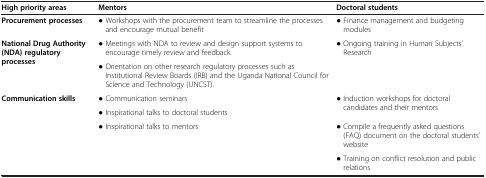
| High priority areas | Mentors | Doctoral students |
 | --- | --- | --- |
 | Procurement processes | ● Workshops with the procurement team to streamline the processes and encourage mutual benefit | ● Finance management and budgeting modules |
 | <ROWSPAN=2> National Drug Authority (NDA) regulatory processes | ● Meetings with NDA to review and design support systems to encourage timely review and feedback. | <ROWSPAN=2> ● Ongoing training in Human Subjects’ Research |
 | ● Orientation on other research regulatory processes such as Institutional Review Boards (IRB) and the Uganda National Council for Science and Technology (UNCST). |
 | <ROWSPAN=4> Communication skills | ● Communication seminars | <ROWSPAN=2> ● Induction workshops for doctoral candidates and their mentors |
 | ● Inspirational talks to doctoral students |
 | <ROWSPAN=2> ● Inspirational talks to mentors | ● Compile a frequently asked questions (FAQ) document on the doctoral students’ website |
 | ● Training on conflict resolution and public relations |